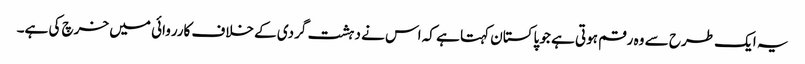
یہ ایک طرح سے وہ رقم ہوتی ہے جو پاکستان کہتا ہے کہ اس نے دہشت گردی کے خلاف کارروائی میں خرچ کی ہے۔